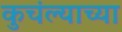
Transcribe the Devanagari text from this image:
कुचंल्याच्या